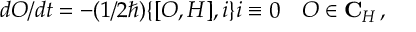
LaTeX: d { \cal O } / d t = - ( 1 / 2 \hbar ) \{ [ { \cal O } , { \cal H } ] , i \} i \equiv 0 \quad { \cal O } \in { \bf C } _ { H } \, ,